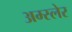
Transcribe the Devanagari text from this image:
अम्स्लेर